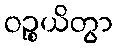
ဝဉ္စယိတွာ